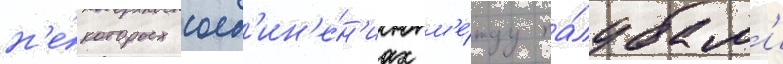
н'е́которых соед'ин'е́н'иах м'е́жду па́лубам'и